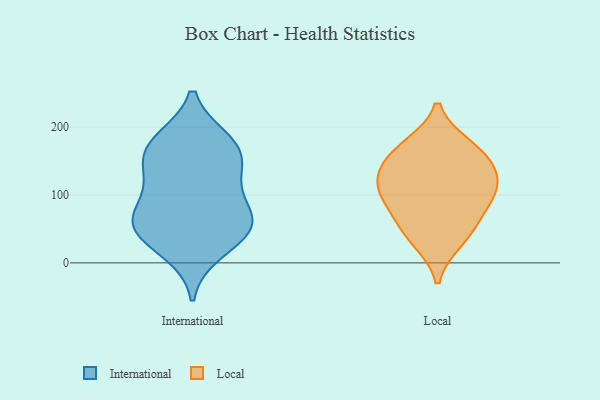
{"axis": {"x": "Churn Rate (%)", "y": "Value"}, "legend": ["International", "Local"], "data": [{"x": "", "y": 69, "type": "International"}, {"x": "", "y": 65, "type": "International"}, {"x": "", "y": 161, "type": "International"}, {"x": "", "y": 55, "type": "International"}, {"x": "", "y": 18, "type": "International"}, {"x": "", "y": 49, "type": "International"}, {"x": "", "y": 124, "type": "International"}, {"x": "", "y": 110, "type": "International"}, {"x": "", "y": 176, "type": "International"}, {"x": "", "y": 156, "type": "International"}, {"x": "", "y": 50, "type": "International"}, {"x": "", "y": 179, "type": "International"}, {"x": "", "y": 172, "type": "Local"}, {"x": "", "y": 76, "type": "Local"}, {"x": "", "y": 33, "type": "Local"}, {"x": "", "y": 114, "type": "Local"}, {"x": "", "y": 149, "type": "Local"}, {"x": "", "y": 92, "type": "Local"}, {"x": "", "y": 48, "type": "Local"}, {"x": "", "y": 165, "type": "Local"}, {"x": "", "y": 126, "type": "Local"}, {"x": "", "y": 114, "type": "Local"}]}